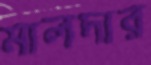
মালদার